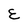
Character: E